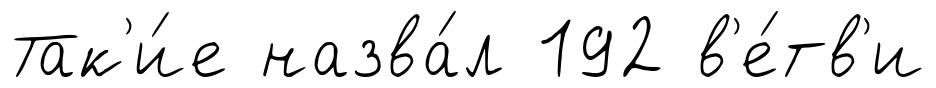
Так'и́е назва́л 192 в'е́тв'и